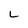
Character: L